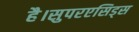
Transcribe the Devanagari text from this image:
है।सुपरएसिड्स